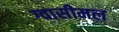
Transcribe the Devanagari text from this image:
ग्वासीमल